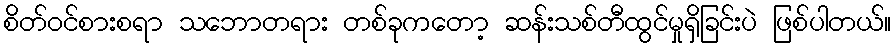
စိတ်ဝင်စားစရာ သဘောတရား တစ်ခုကတော့ ဆန်းသစ်တီထွင်မှုရှိခြင်းပဲ ဖြစ်ပါတယ်။